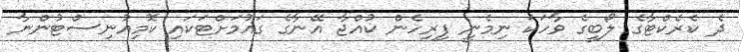
ދެ ކެރެކްޓާގެ ލޯބީގެ ވާހަކަ ނިމެނީ ފިރިހެން ކުއްޖާ އޭނާގެ ގައުމަށްޓަކައި ކޮމިއުނިސްޓުންނާ